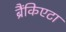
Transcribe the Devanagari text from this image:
ब्रैंकिएटा